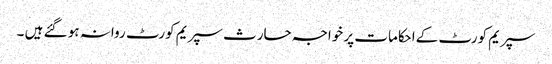
سپریم کورٹ کےاحکامات پر خواجہ حارث سپریم کورٹ روانہ ہو گئے ہیں ۔